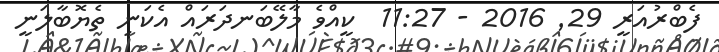
ފެބްރުއަރީ 29